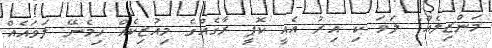
މަންޒިލެއް" ލަވަ ކި އިރު އެއީ ކޮޕީ ރާގެއްގެ މިއުޒިކެއް ހިމެނޭ ލަވައެއް